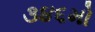
૩૪૬મો